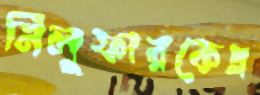
নিলুফারকেএ